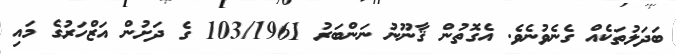
ބަދަލުތަކެއް ގެނެވުނެވެ. އެގޮތުން ޤާނޫނު ނަންބަރު 103/1961 ގެ ދަށުން އަޒްހަރުގެ މައި